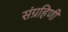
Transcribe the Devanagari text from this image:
संग्रहिणी